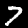
Digit: 7